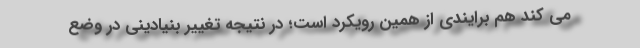
می کند هم برایندی از همین رویکرد است؛ در نتیجه تغییر بنیادینی در وضع